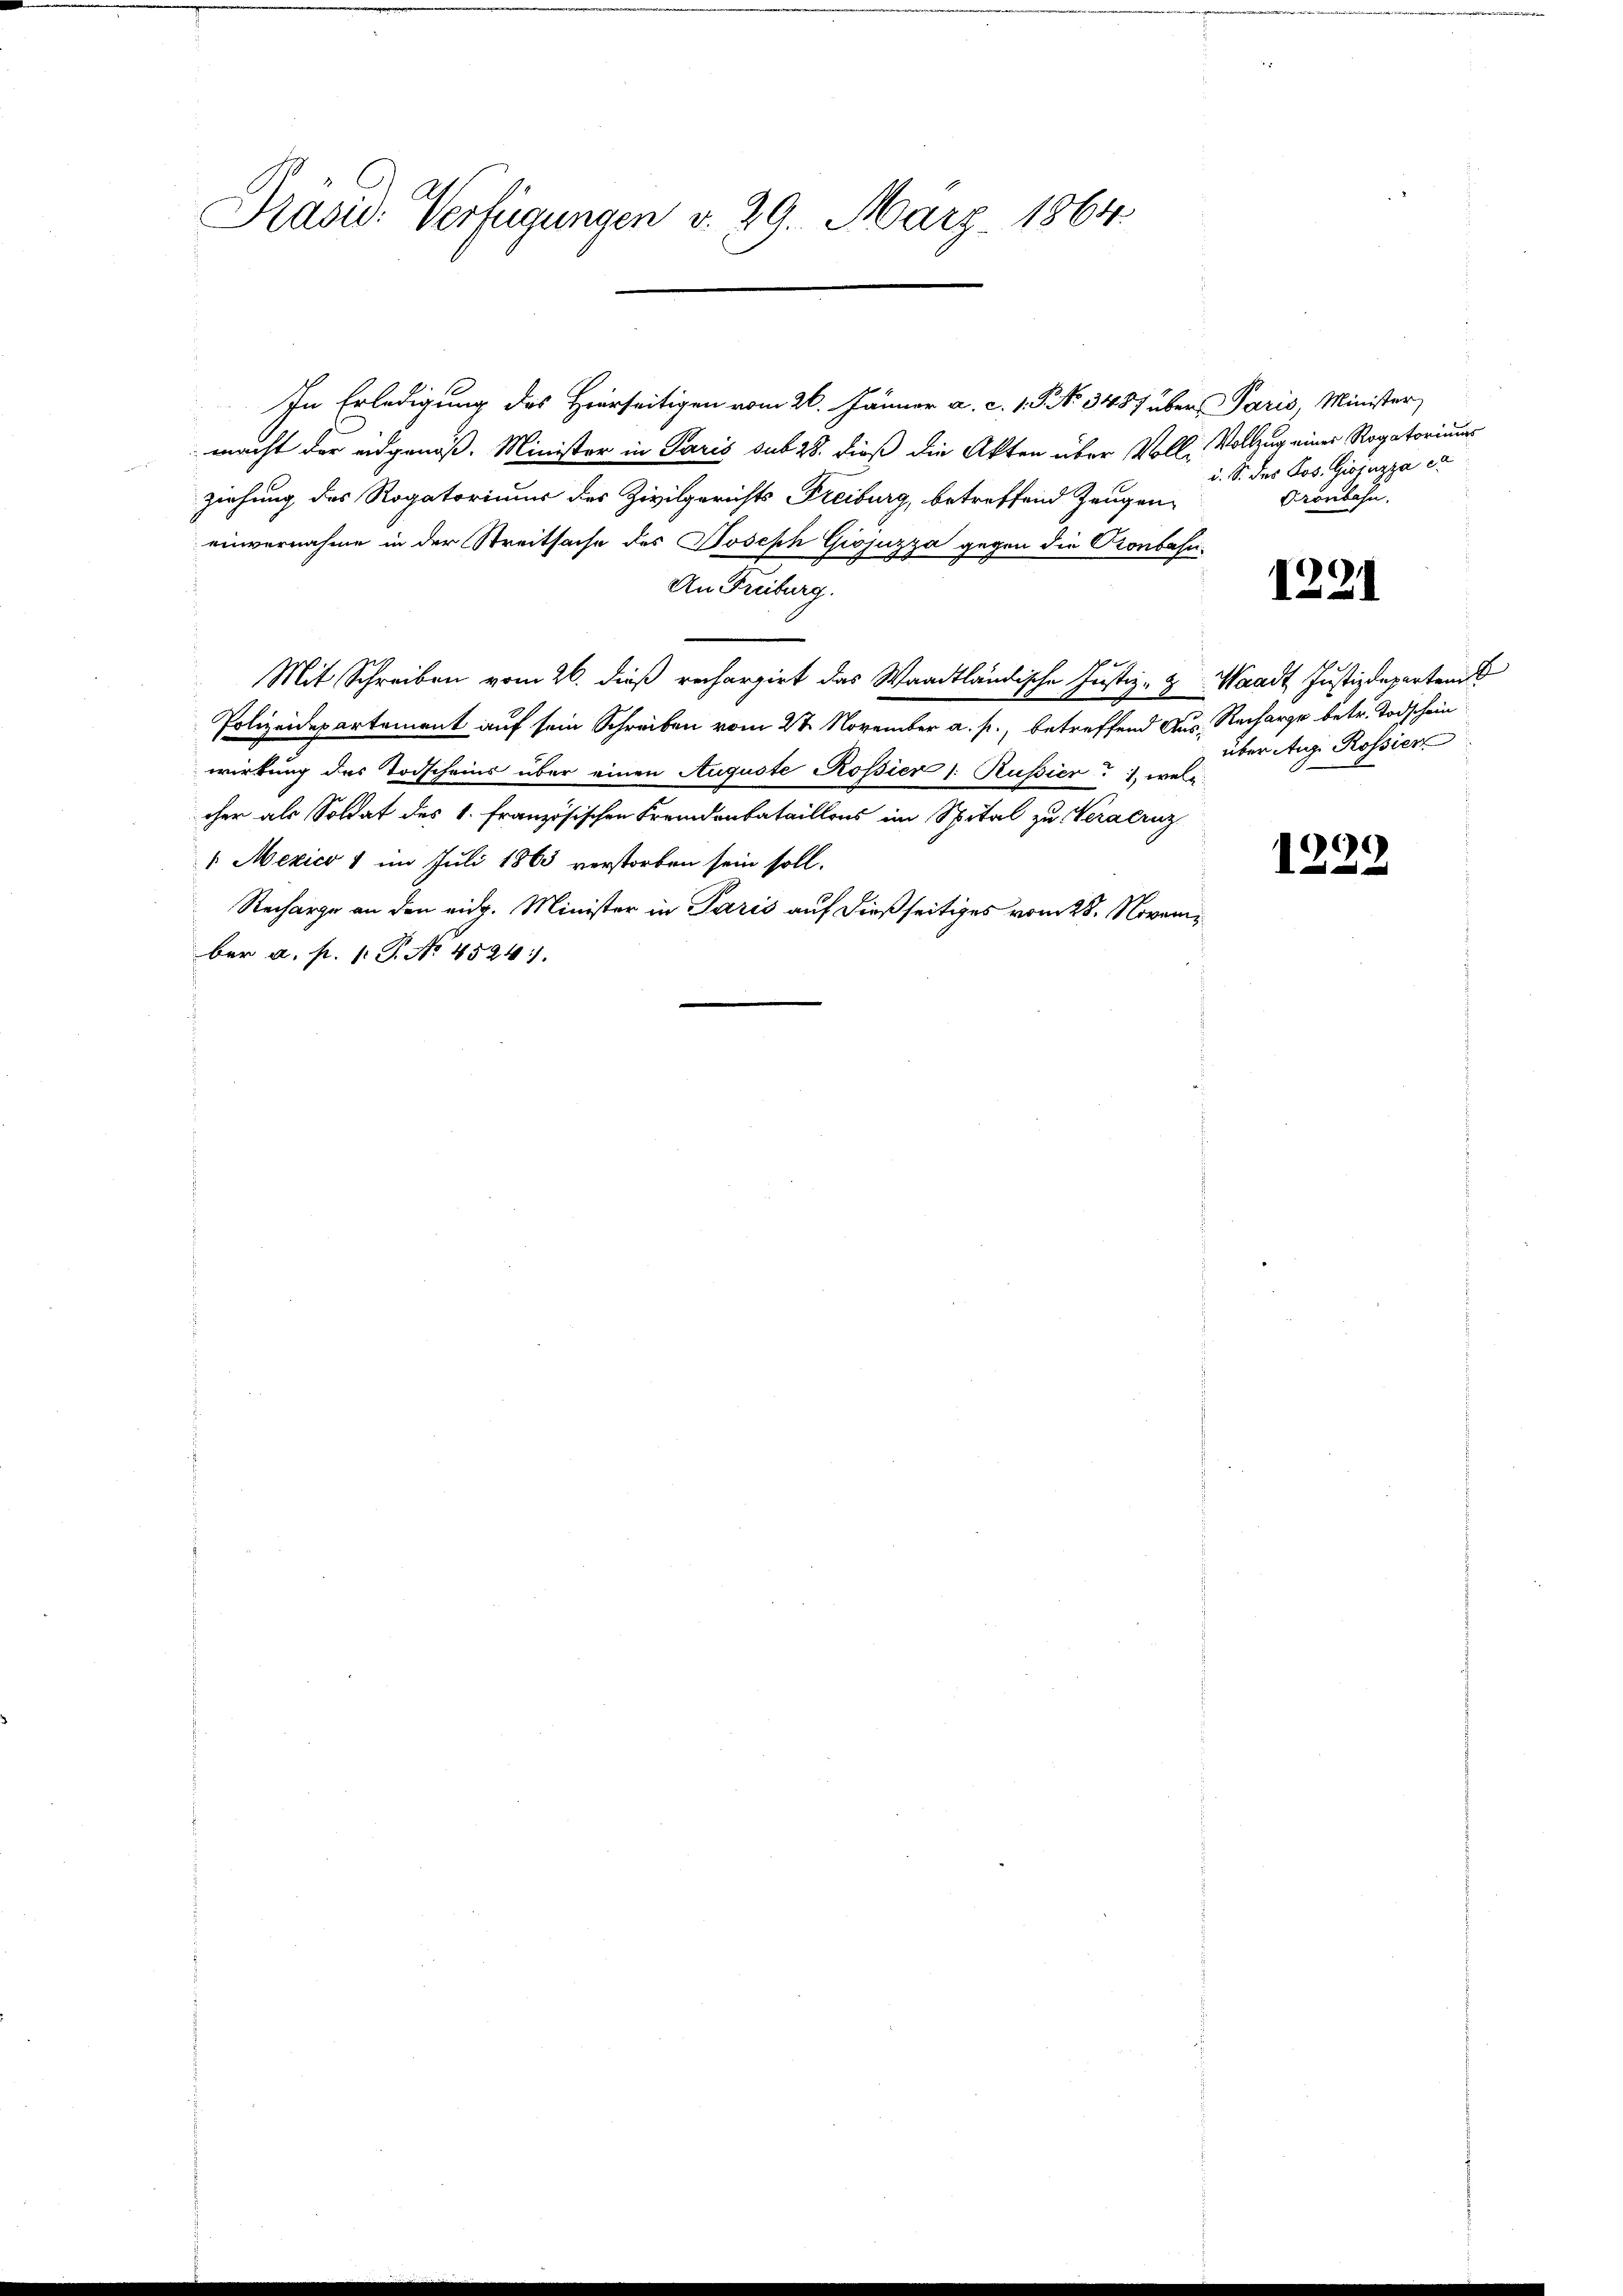
Präsid. Verfügungen d. 29. März 1864

In Erledigung des Herrseitigen vom 26. Jänner a. c. 1. P. NNo. 3487 über Paris, Minister
macht der eidgenöß. Minister in Paris sub 28. dieß die Akten über Volle Vollzug einer Rogatoriums
ziehung des Rogatoriums der Zivilgerichts Freiburg, betreffend Zeugen-
einvernahme in der Streitsache des Joseph Giojuzza gegen die Pronbahn¬
An Freiburg.
Mit Schreiben vom 26. dieß rechargirt das Waadtländische Justiz- & Waadt Justizdepartem
Polizeidepartement auf sein Schreiben vom 22 November a. p., betreffend Aus- Recharge betr. Todschein
wirkung des Todscheins über einen Auguste Rossier (: Russier, welc
cher als Soldat des 1. Französischen Fremdenbataillons im Spital zu Veraeruz
 Mexico 1 im Juli 1863 verstorben sein soll.
Recharge an den eidg. Minister in Paris auf dießseitiges vom 28. November a. p. (T. No. 4524.

i. S. des Jos. Giojuzza er
Gronbahn.

1221

über Aug. Rossier

1222